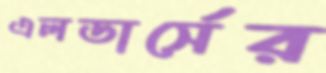
এলডার্সের